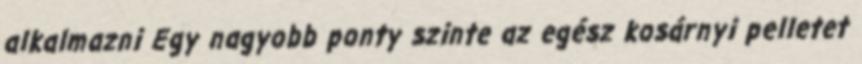
alkalmazni Egy nagyobb ponty szinte az egész kosárnyi pelletet